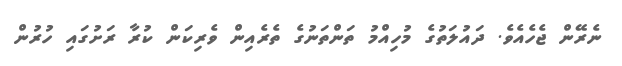
ނެރޭން ޖެހެއެވެ. ދައުލަތުގެ މުހިއްމު ތަންތަނުގެ ތެރެއިން ވެރިކަން ކުރާ ރަށުގައި ހުރުން